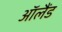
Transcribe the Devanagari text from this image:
ऑलैंड